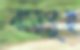
ঝাড়পুছ